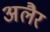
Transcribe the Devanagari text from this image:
अलैर